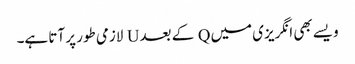
ویسے بھی انگریزی میں Q کے بعد U لازمی طور پر آتا ہے۔